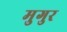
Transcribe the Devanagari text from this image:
मुगुर